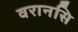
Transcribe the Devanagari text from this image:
वरानसि